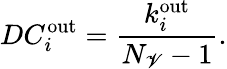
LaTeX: DC_{i}^{\mathrm{out}}=\frac{k_{i}^{\mathrm{out}}}{N_{\mathscr{V}}-1}.